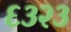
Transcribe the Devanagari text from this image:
६३२३